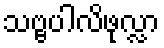
သဗ္ဗပါလိဖုလ္လာ